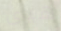
هيى